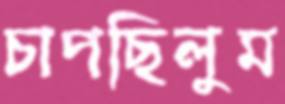
চাপছিলুম